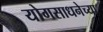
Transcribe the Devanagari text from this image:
योगसाधनेच्या